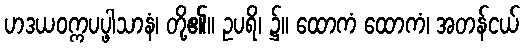
ဟဒယဝက္ကပပ္ဖါသာနံ၊ တို့၏။ ဥပရိ၊ ၌။ ထောကံ ထောကံ၊ အတန်ငယ်